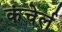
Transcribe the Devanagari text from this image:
कंचेर्ल